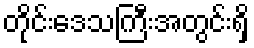
တိုင်းဒေသကြီးအတွင်းရှိ